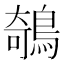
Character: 鵸